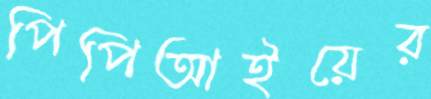
পিপিআইয়ের